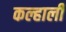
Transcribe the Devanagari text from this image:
कल्हाली